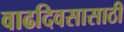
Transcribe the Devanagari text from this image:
वाढदिवसासाठी